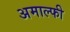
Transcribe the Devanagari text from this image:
अमाल्फी